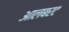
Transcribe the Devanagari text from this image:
आलबरट